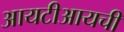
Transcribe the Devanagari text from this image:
आयटीआयची